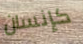
كإنسان